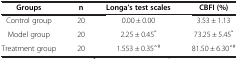
| Groups | n | Longa’s test scales | CBFI (%) |
 | --- | --- | --- | --- |
 | Control group | 20 | 0.00 ± 0.00 | 3.53 ± 1.13 |
 | Model group | 20 | 2.25 ± 0.45* | 73.25 ± 5.45* |
 | Treatment group | 20 | 1.553 ± 0.35△# | 81.50 ± 6.30△# |